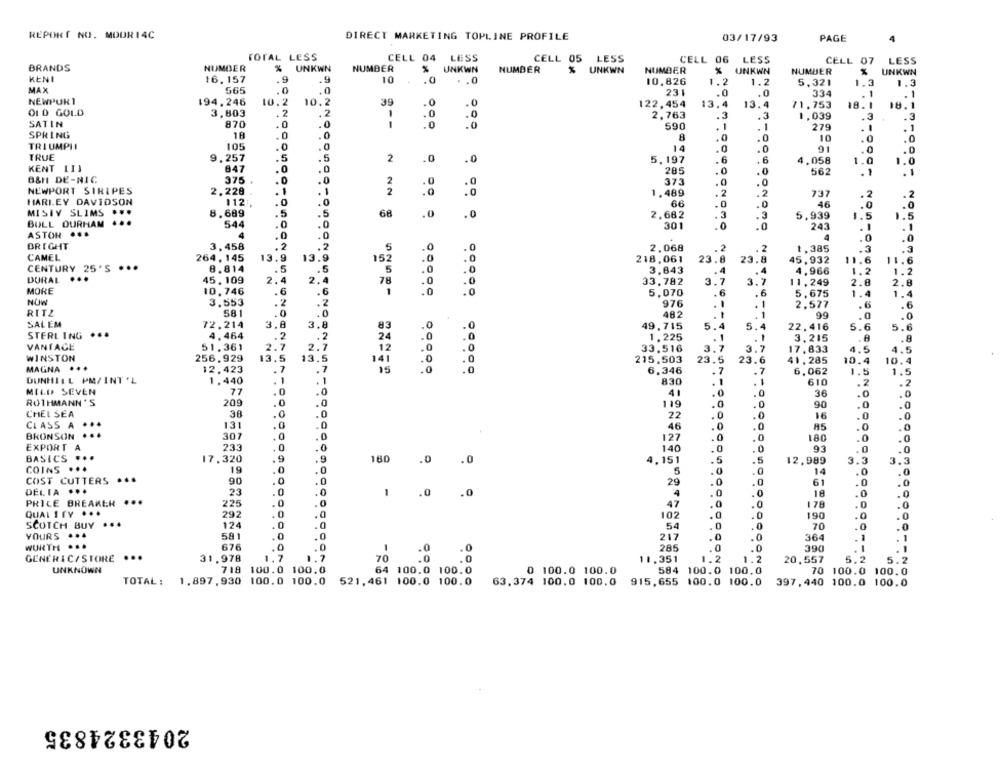
REPORT NO. MOUR14C
DIRECT MARKETING TOPLINE PROFILE
03/17/93
PAGE
TOTAL LESS
CELL 04 LESS
CELL 05 LESS
CELL 06 LESS
CELL 07 LESS
BRANDS
NUMBER
% UNKWN
NUMBER
% UNKWN
NUMBER
% UNKWN
NUMBER
UNKWN
NUMBER
UNKWN
KENI
.9
16.157
.9
10
.0
. . 0
10.826
1.2
1.2
5.321
1.3
1.3
MAX
565
.0
231
.0
.0
334
-
NEWPURI
10.2
39
. 1
194.246
10.2
.0
122,454
13.4
13.4
71,753
18. 1
18.1
OLD GOLD
3,803
. 2
-
.0
.0
2,763
.3
.3
1,039
.3
.3
SATIN
870
. 0
NO
1
.0
590
. 1
. 1
279
. 1
SPRING
18
.0
8
.0
.0
10
.0
.0
TRIUMPHI
105
.0
.0
14
.0
91
TRUE
.0
.0
.0
9.257
.5
.5
2
.0
5,197
.6
.6
4,058
1.0
1.0
KENT III
847
.0
285
.0
562
B&H DE-NIC
375
.0
.1
.1
.0
.0
2
373
.0
.0
NEWPORT STRIPES
2.228
. 1
. 1
2
1,489
.2
.2
737
.2
HARLEY DAVIDSON
112
.0
.0
66
.0
.0
46
.0
MISIY SLIMS
...
8,689
.5
.5
68
.0
.0
2,682
.3
.3
5.939
1.5
5
BULL DURHAM ...
544
.0
.0
301
.0
ASTON ...
.0
243
. 1
4
.0
.0
60000 00000
4
.0
0
BRIGHT
3.458
.2
.2
2.068
.2
. 2
1,385
.3
CAMEL
264,145
13.
13.9
152
218.061
23.8
23.8
45,932
11.6
11.6
CENTURY 25'S ***
8.814
.5
5
3,843
4
4
4
4.966
1.2
1.2
DURAL
...
45.109
2.4
2.4
78
33,782
3.7
3.7
3.7
11,249
2.8
2.8
MORE
10.746
.6
.. 6
1
5,070
.6
.6
5,675
1.4
1.4
NOW
3.553
.2
976
.1
. 1
2,577
.6
RITZ
581
.0
.0
48.2
--
.1
99
.0
SAL EM
72.214
3.8
3.8
83
49,715
5.4
5.6
5.6
STERLING ...
22.416
4.464
.2
.2
24
1,225
3.215
.A
.8
VANTAGE
51.361
2.7
2.7
12
33.516
3.7
17.833
4.5
4.5
WINSTON
256.929
13.5
13.5
141
215,503
23.5
23.6
41. 285
10.4
10.4
MAGNA ..
12,423
.7
.7
6.346
. 7
.7
6,062
1.5
1.5
DUNHILL PM/INT'L
1.440
. 1
. 1
830
.1
610
.2
MILD SEVEN
77
.0
.0
4
.0
.0
36
.0
ROTHMANN 'S
209
.0
.0
119
.0
.0
.0
90
.0
CHEL SEA
30
.0
.0
22
.0
.0
16
.0
CLASS A
...
131
.0
.0
46
.0
.0
AS
.0
BRONSON
307
.0
.0
127
.0
180
.0
EXPORT A
233
.0
.0
140
.0
.0
93
.0
BASICS ...
160
17.320
.9
.9
.0
.0
4.151
5
12.989
3.3
3.3
COINS
19
.0
5
14
.0
COST CUTTERS ...
90
.0
29
0
61
DELIA ..
23
. 0
-
.0
.0
4
.0
.0
18
.0
PRICE BREAKER ...
225
0
47
.0
.0
178
QUALITY ...
292
.0
.0
102
.0
.0
190
SCOTCH BUY ...
124
.0
.0
54
0
.0
70
.0
YOURS .*
581
217
364
WURTH
676
.0
1
.0
.0
285
0
0
390
GENERIC/ STORE
...
31.978
1.7
1.7
70
.0
.. 0
1.2
5.2
5.2
11,351
1.2
20,557
UNKNOWN
718
100.0 100.0
64 100.0 100.0
0 100.0 100.0
584 100.0 100.0
70 100.0 100.0
521,461 100.0 100.0
TOTAL: 1.897,930 100.0 100.0
63.374 100.0 100.0 915,655 100.0 100.0
397, 440 100.0 100.0
2043324835